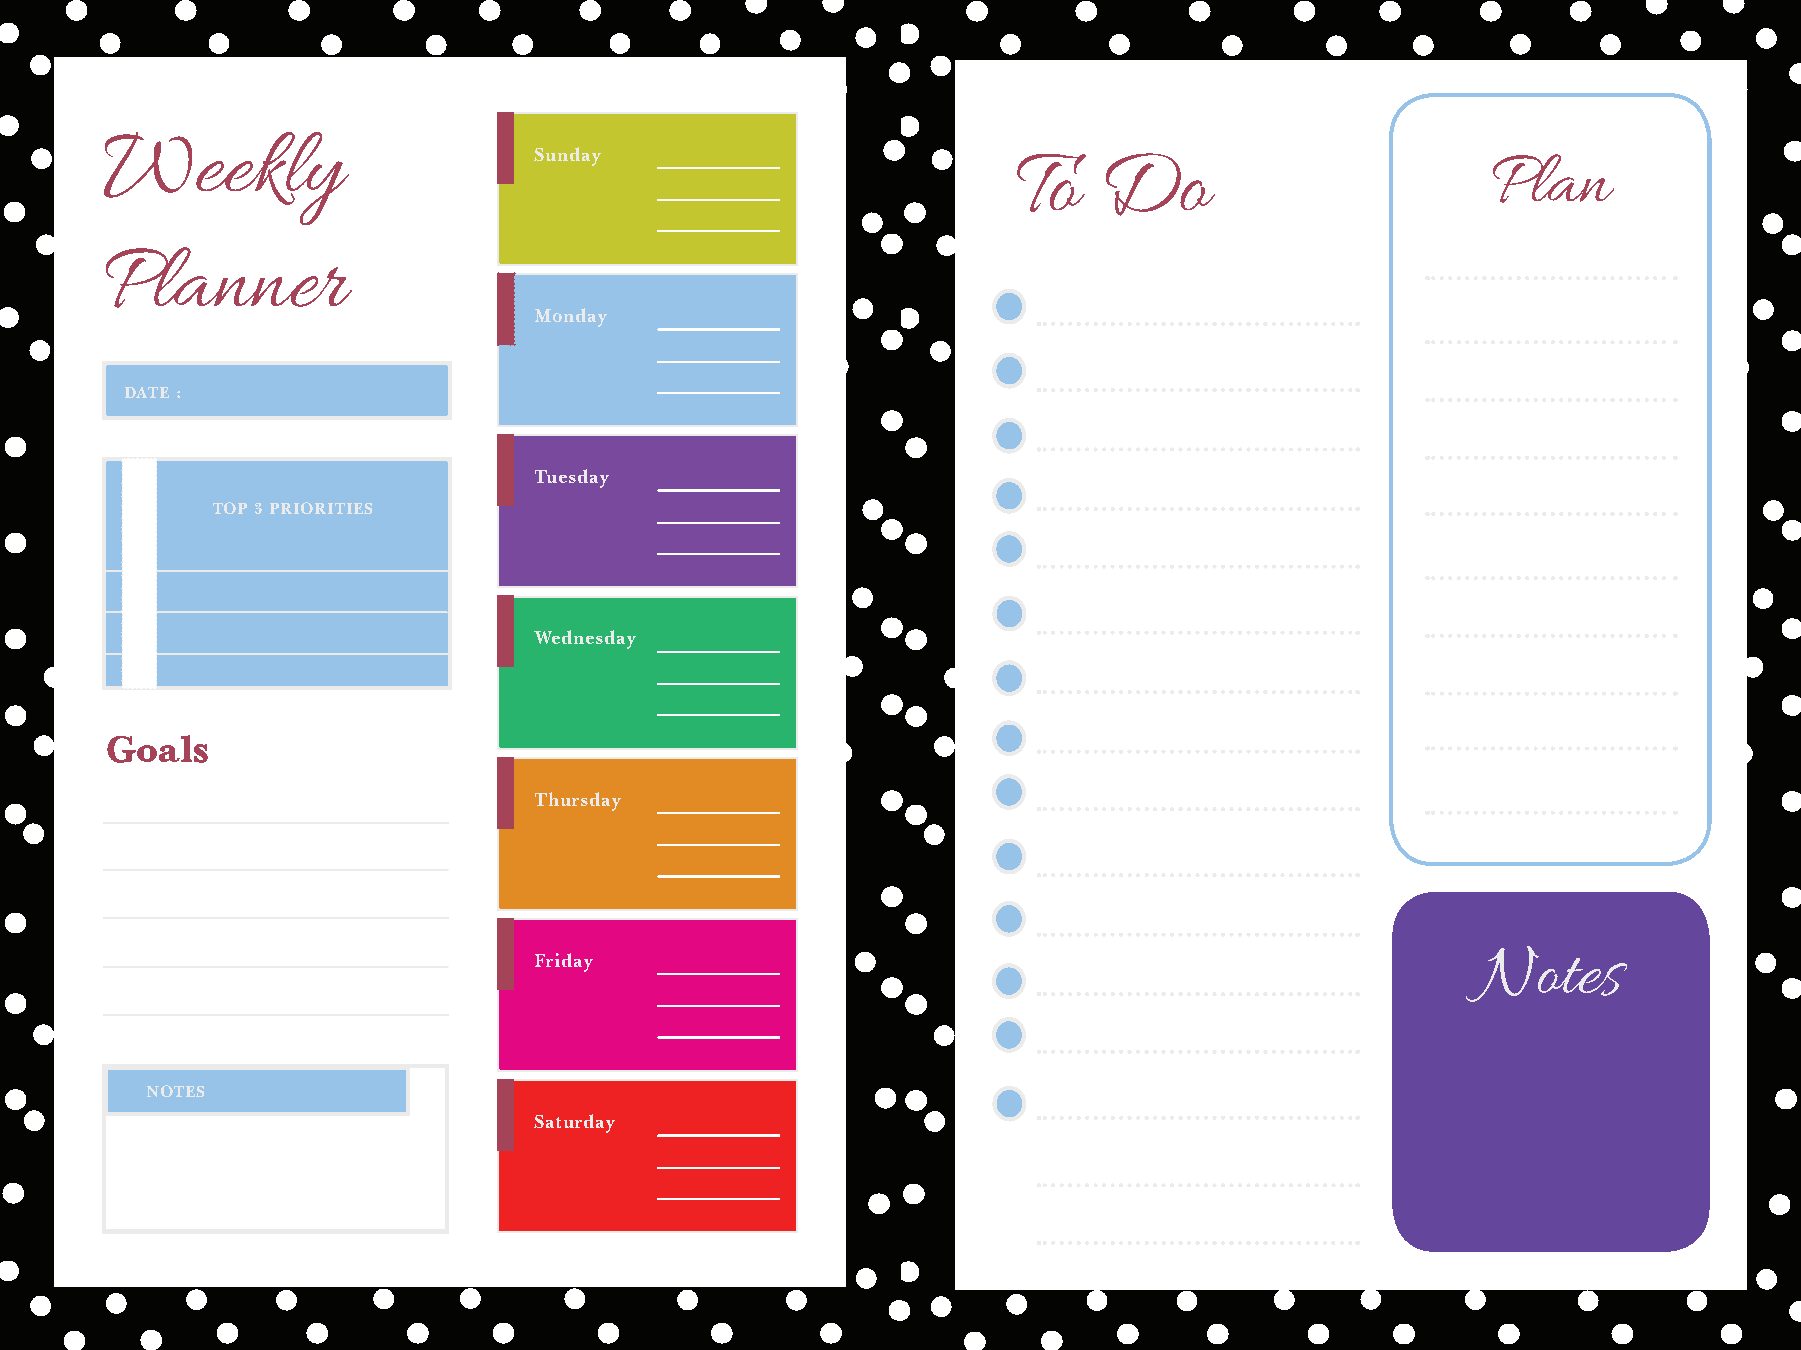
Weekly
 Sunday
 To    Do                        Plan
 Planner
 Monday
 DATE :
 Tuesday
 TOP 3 PRIORITIES
 Wednesday
 Goals
 Thursday
 Friday                                                         Notes
 NOTES
 Saturday